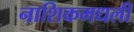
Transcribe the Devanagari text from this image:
नाशिकमधली